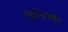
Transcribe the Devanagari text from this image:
स्ट्रॉसवर्गर